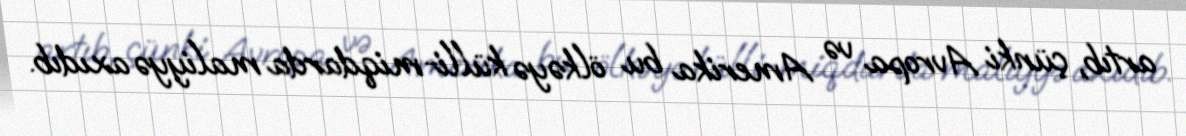
artıb, çünki Avropa və Amerika bu ölkəyə külli-miqdarda maliyyə axıdıb.